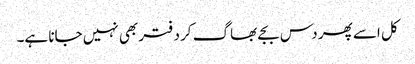
کل اسے پھر دس بجے بھاگ کر دفتر بھی نہیں جانا ہے۔